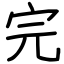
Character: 完